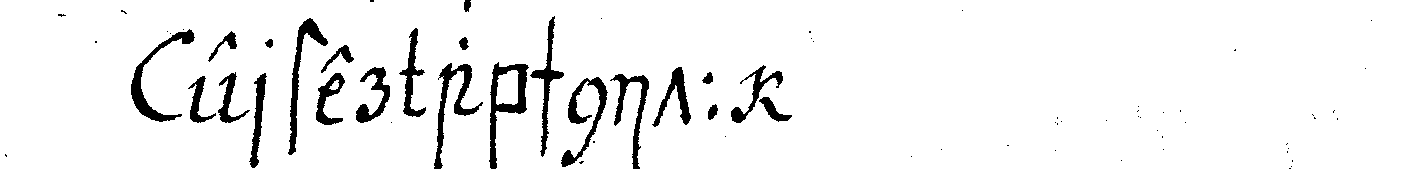
erster abschnitt